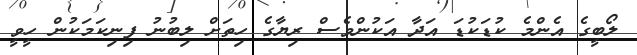
ލޯބީގެ އެންމެ ކުޑަކުޑަ އަދާ އަކުންވެސް ރިޔާގެ ހިތަށް ލިބުނު ފިނިކަމަކުން ހީވީ